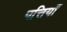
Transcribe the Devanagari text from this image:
पत्तियॉँ